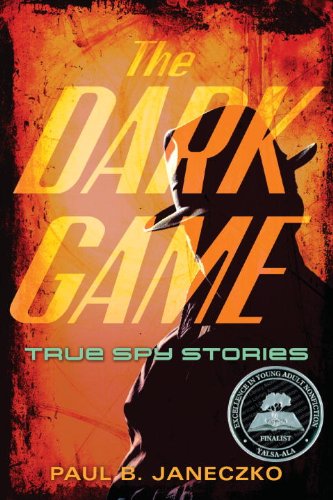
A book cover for The Dark Game: True Spy Stories from Invisible Ink to CIA Moles; Paul B. Janeczko; Children's Books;